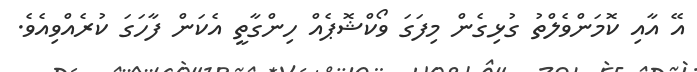
އޭ އާއި ކޮމަންވެލްތު ގުޅިގެން މިފަގަ ވޯކްޝޮޕެއް ހިންގާތީ އެކަން ފާހަގަ ކުރެއްވިއެވެ.